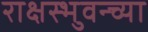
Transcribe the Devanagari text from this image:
राक्षस्भुवन्च्या